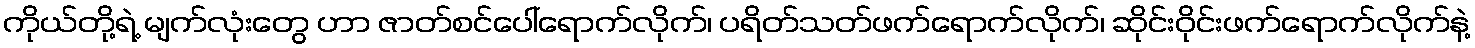
ကိုယ်တို့ရဲ့ မျက်လုံးတွေ ဟာ ဇာတ်စင်ပေါ်ရောက်လိုက်၊ ပရိတ်သတ်ဖက်ရောက်လိုက်၊ ဆိုင်းဝိုင်းဖက်ရောက်လိုက်နဲ့